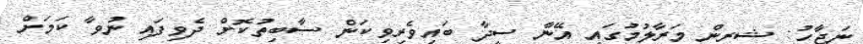
ނަޖާހު: ޝީރީން މަރާލުމުގައި އޭނާ ސީދާ ބައިވެރިވިކަން ސާބިތުކޮށް ދެވިފައި ނުވާ ކަމަށް